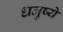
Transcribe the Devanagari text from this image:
धनुष्ये